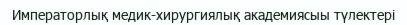
Императорлық медик-хирургиялық академиясыы түлектері